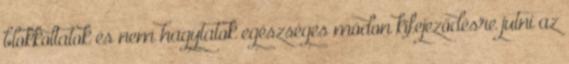
blokkoltatok és nem hagytatok egészséges módon kifejeződésre jutni az